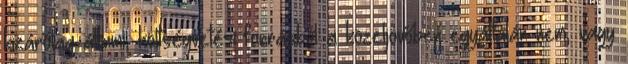
kizárólag állami, költségvetési forrásból a közeljövőben egyáltalán nem, vagy